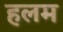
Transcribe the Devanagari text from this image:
हलम